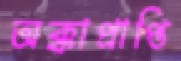
অক্কাপ্রাপ্তি